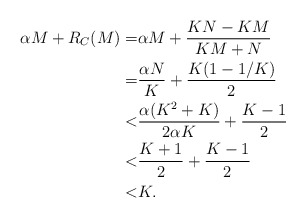
\begin{align*}\alpha M + R_C(M)= &\alpha M + \frac{KN-KM}{KM+N}\\ = & \frac{\alpha N}{K} + \frac{K(1-1/K)}{2}\\ < & \frac{\alpha(K^2+K)}{2\alpha K} + \frac{K-1}{2}\\ < &\frac{K+1}{2} + \frac{K-1}{2}\\ < &K.\end{align*}